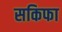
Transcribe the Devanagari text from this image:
सकिफा